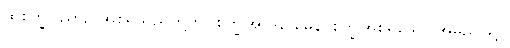
ထိုစက္ခုဝိညာဉ် အစရှိသည်တို့ကို။ စက္ခုအာဒိနာမေန၊ စက္ခုအစရှိသော အမည်ဖြင့်။